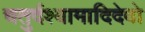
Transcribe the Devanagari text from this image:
चतुर्दश्यामादिदेवो